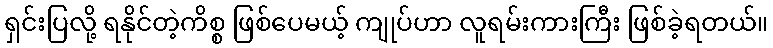
ရှင်းပြလို့ ရနိုင်တဲ့ကိစ္စ ဖြစ်ပေမယ့် ကျုပ်ဟာ လူရမ်းကားကြီး ဖြစ်ခဲ့ရတယ်။